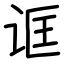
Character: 诓